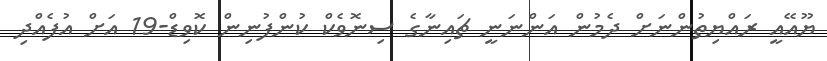
ޔޫއޭއީ ރައްޔިތުންނަށް ދެމުން އަންނަނީ ޗައިނާގެ ސިނޮވެކް ކުންފުނިން ކޮވިޑް-19 އަށް އުފެއްދި